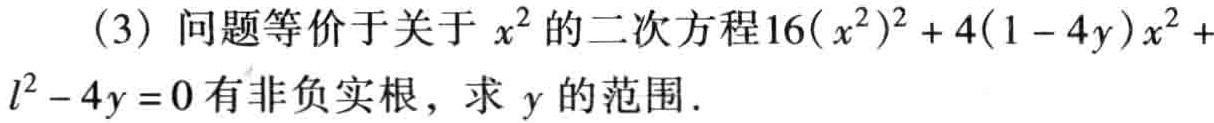
（3）问题等价于关于 \(x^{2}\) 的二次方程\(16(x^{2})^{2}+4(1 - 4y)x^{2}+l^{2}-4y = 0\) 有非负实根，求 \(y\) 的范围.